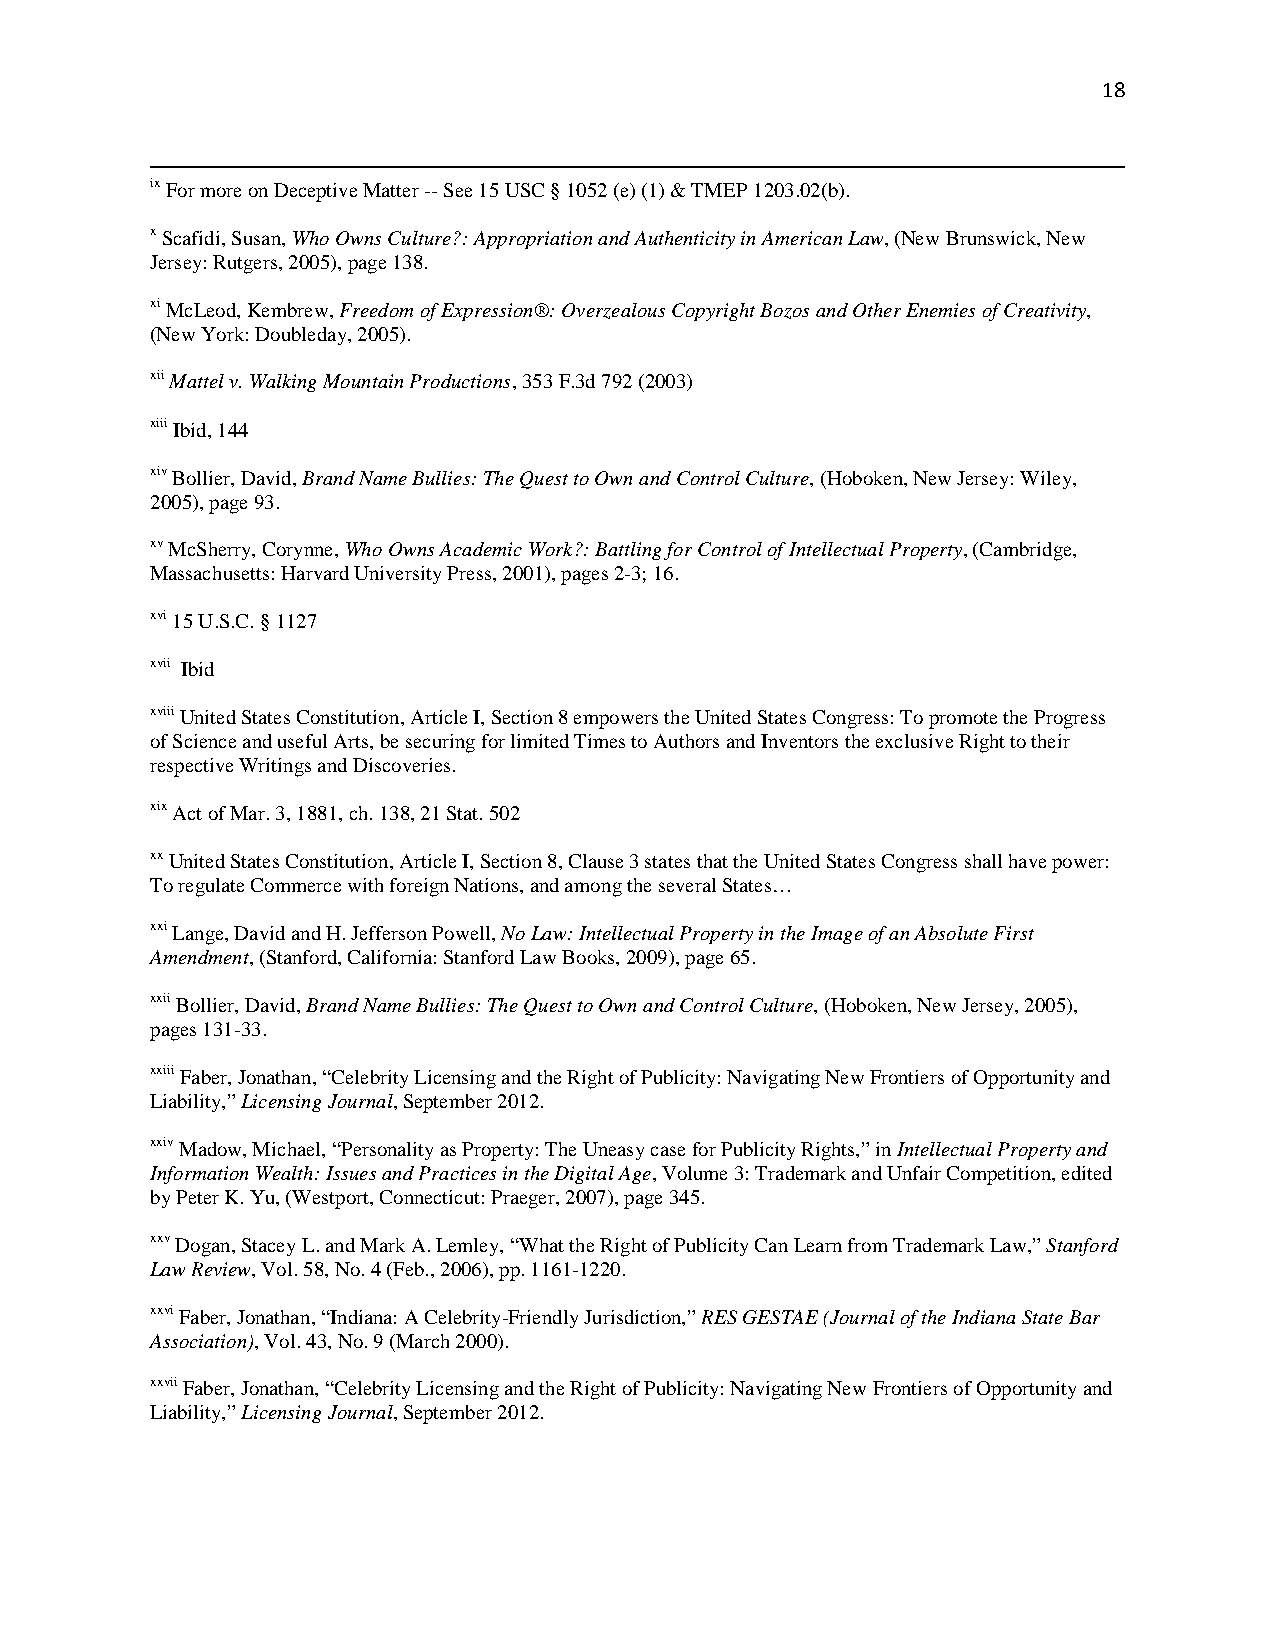
18
 ix For more on Deceptive Matter -- See 15 USC § 1052 (e) (1) & TMEP 1203.02(b).
 x Scafidi, Susan, Who Owns Culture?: Appropriation and Authenticity in American Law, (New Brunswick, New
 Jersey: Rutgers, 2005), page 138.
 xi McLeod, Kembrew, Freedom of Expression®: Overzealous Copyright Bozos and Other Enemies of Creativity,
 (New York: Doubleday, 2005).
 xii Mattel v. Walking Mountain Productions, 353 F.3d 792 (2003)
 xiii Ibid, 144
 xiv Bollier, David, Brand Name Bullies: The Quest to Own and Control Culture, (Hoboken, New Jersey: Wiley,
 2005), page 93.
 xv McSherry, Corynne, Who Owns Academic Work?: Battling for Control of Intellectual Property, (Cambridge,
 Massachusetts: Harvard University Press, 2001), pages 2-3; 16.
 xvi 15 U.S.C. § 1127
 xvii Ibid
 xviii United States Constitution, Article I, Section 8 empowers the United States Congress: To promote the Progress
 of Science and useful Arts, be securing for limited Times to Authors and Inventors the exclusive Right to their
 respective Writings and Discoveries.
 xix Act of Mar. 3, 1881, ch. 138, 21 Stat. 502
 xx United States Constitution, Article I, Section 8, Clause 3 states that the United States Congress shall have power:
 To regulate Commerce with foreign Nations, and among the several States…
 xxi Lange, David and H. Jefferson Powell, No Law: Intellectual Property in the Image of an Absolute First
 Amendment, (Stanford, California: Stanford Law Books, 2009), page 65.
 xxii Bollier, David, Brand Name Bullies: The Quest to Own and Control Culture, (Hoboken, New Jersey, 2005),
 pages 131-33.
 xxiii Faber, Jonathan, “Celebrity Licensing and the Right of Publicity: Navigating New Frontiers of Opportunity and
 Liability,” Licensing Journal, September 2012.
 xxiv Madow, Michael, “Personality as Property: The Uneasy case for Publicity Rights,” in Intellectual Property and
 Information Wealth: Issues and Practices in the Digital Age, Volume 3: Trademark and Unfair Competition, edited
 by Peter K. Yu, (Westport, Connecticut: Praeger, 2007), page 345.
 xxv Dogan, Stacey L. and Mark A. Lemley, “What the Right of Publicity Can Learn from Trademark Law,” Stanford
 Law Review, Vol. 58, No. 4 (Feb., 2006), pp. 1161-1220.
 xxvi Faber, Jonathan, “Indiana: A Celebrity-Friendly Jurisdiction,” RES GESTAE (Journal of the Indiana State Bar
 Association), Vol. 43, No. 9 (March 2000).
 xxvii Faber, Jonathan, “Celebrity Licensing and the Right of Publicity: Navigating New Frontiers of Opportunity and
 Liability,” Licensing Journal, September 2012.